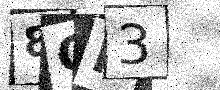
Text: 8QP3